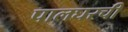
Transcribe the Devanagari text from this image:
पालघरची